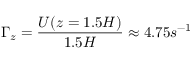
\Gamma _ { z } = \frac { U ( z = 1 . 5 H ) } { 1 . 5 H } \approx 4 . 7 5 s ^ { - 1 }